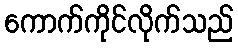
ကောက်ကိုင်လိုက်သည်